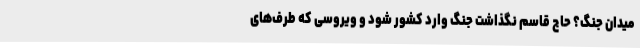
میدان جنگ؟ حاج قاسم نگذاشت جنگ وارد کشور شود و ویروسی که طرف‌های